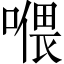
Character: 𱔎